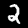
Label: 2